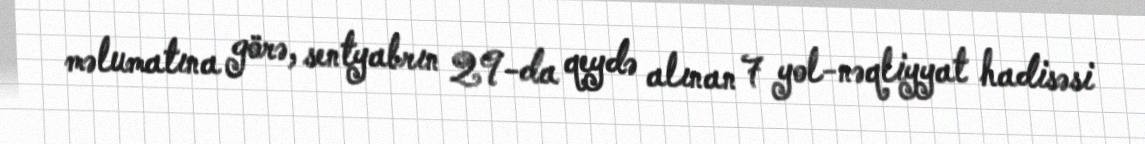
məlumatına görə, sentyabrın 29-da qeydə alınan 7 yol-nəqliyyat hadisəsi